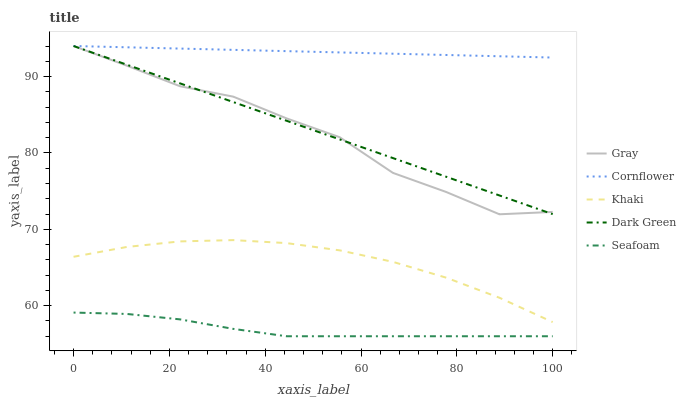
| xaxis_label | Gray | Cornflower | Khaki | Dark Green | Seafoam |
 | --- | --- | --- | --- | --- | --- |
 | 0 | 94 | 94 | 66.4 | 94 | 59.1 |
 | 11.1 | 91.4 | 93.8 | 67.7 | 91.6 | 58.9 |
 | 22.2 | 88.7 | 93.7 | 68.4 | 89.1 | 58.2 |
 | 33.3 | 87.4 | 93.5 | 68.6 | 86.7 | 57 |
 | 44.4 | 84.5 | 93.3 | 68.2 | 84.2 | 56 |
 | 55.6 | 82.1 | 93.2 | 67.2 | 81.8 | 56 |
 | 66.7 | 77.4 | 93 | 65.7 | 79.3 | 56 |
 | 77.8 | 74.9 | 92.8 | 63.7 | 76.9 | 56 |
 | 88.9 | 72 | 92.7 | 61 | 74.4 | 56 |
 | 100 | 72.3 | 92.5 | 57.9 | 72 | 56 |